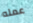
عمله